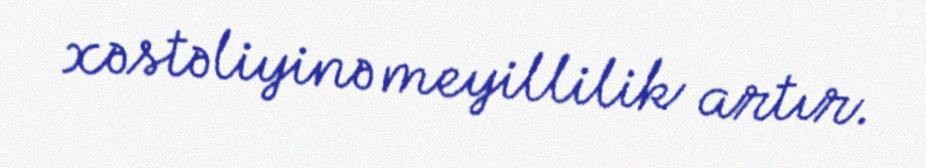
xəstəliyinə meyillilik artır.